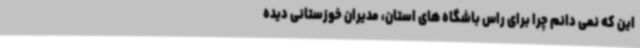
این که نمی دانم چرا برای راس باشگاه های استان، مدیران خوزستانی دیده